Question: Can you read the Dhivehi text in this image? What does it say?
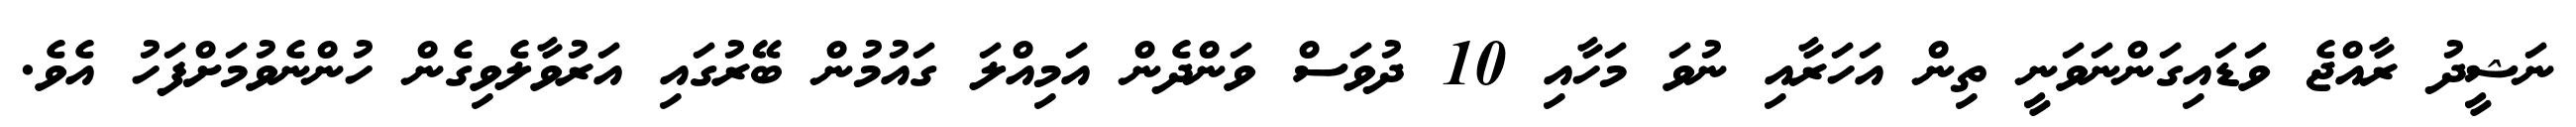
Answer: ނަޝީދު ރާއްޖެ ވަޑައިގަންނަވަނީ ތިން އަހަރާއި ނުވަ މަހާއި 10 ދުވަސް ވަންދެން އަމިއްލަ ގައުމުން ބޭރުގައި އަރުވާލެވިގެން ހުންނެވުމަށްފަހު އެވެ.